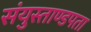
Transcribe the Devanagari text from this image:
संयुस्ताण्डपता